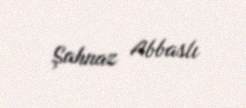
Şahnaz Abbaslı